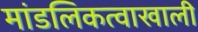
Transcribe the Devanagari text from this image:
मांडलिकत्वाखाली